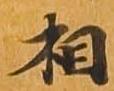
相